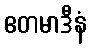
ဧတမာဒီနံ